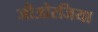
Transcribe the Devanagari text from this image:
जीओरजिया